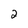
Character: 2